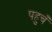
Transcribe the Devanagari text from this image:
पहुचँ